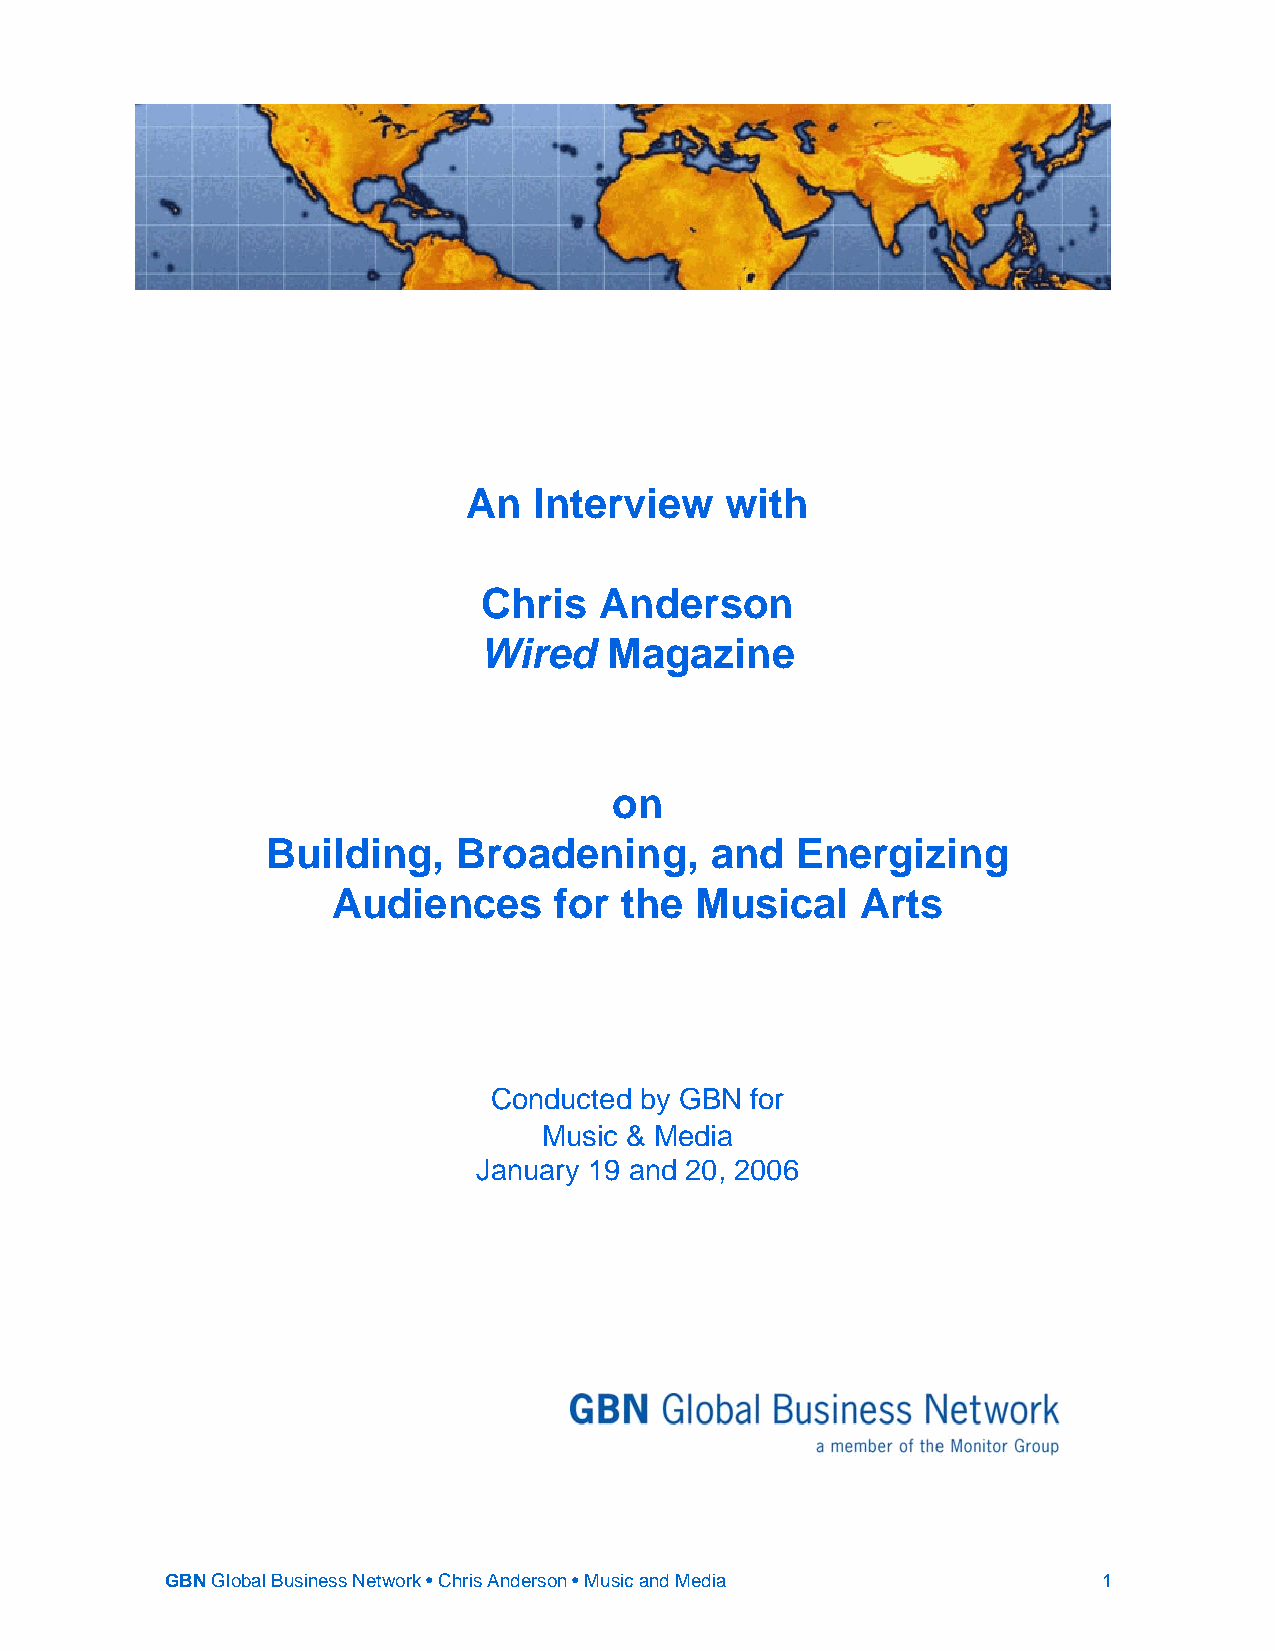
An  Interview    with
 Chris   Anderson
 Wired   Magazine
 on
 Building,   Broadening,      and   Energizing
 Audiences      for the  Musical    Arts
 Conducted by GBN  for
 Music & Media
 January 19 and 20, 2006
 GBN Global Business Network • Chris Anderson • Music and Media 1